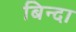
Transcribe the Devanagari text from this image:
बिन्दा